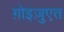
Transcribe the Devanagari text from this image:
ग़ोइज़ुएत